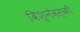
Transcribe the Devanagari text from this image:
विश्नेवस्की